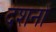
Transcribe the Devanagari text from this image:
दशनों